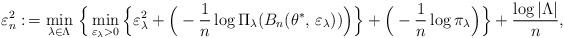
LaTeX: \begin{align*}\varepsilon_{n}^2 :\,= \min_{\lambda\in\Lambda} \, \Big\{ \min_{\varepsilon_\lambda>0}\Big\{\varepsilon^2_{\lambda} + \Big(-\frac{1}{n}\log \Pi_\lambda(B_n(\theta^\ast,\,\varepsilon_\lambda))\Big)\Big\} + \Big(-\frac{1}{n}\log \pi_\lambda\Big)\Big\} + \frac{\log |\Lambda|}{n},\end{align*}